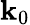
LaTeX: \mathbf{k}_{0}